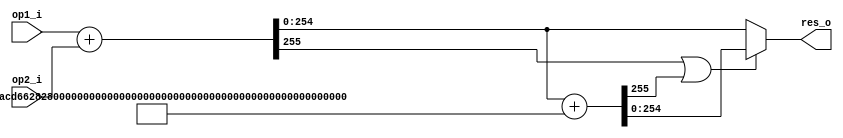

module ModAdder #(
    // width of modulus
    parameter DATA_WIDTH = 255,
    // the modulus of ModAdder
    parameter MODULUS = 255'h73eda753299d7d483339d80809a1d80553bda402fffe5bfeffffffff00000001,
    // R = exp(2, DATA_WIDTH)  MOD_COMPENSATION = R - MODULUS
    parameter MOD_COMPENSATION = 255'hc1258acd66282b7ccc627f7f65e27faac425bfd0001a40100000000ffffffff
)(
    input  wire [DATA_WIDTH-1:0] op1_i,
    input  wire [DATA_WIDTH-1:0] op2_i,

    output wire [DATA_WIDTH-1:0] res_o
    );

    wire carry1,carry2;
    wire [DATA_WIDTH-1:0] res1, res2;
    assign {carry1, res1} = op1_i + op2_i;
    assign {carry2, res2} = res1  + MOD_COMPENSATION;
    assign res_o = (carry1 | carry2) ? res2 : res1;

endmodule